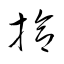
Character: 掵